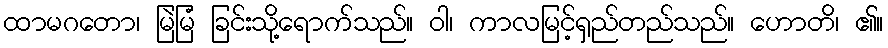
ထာမဂတော၊ မြဲမြံ ခြင်းသို့ရောက်သည်။ ဝါ၊ ကာလမြင့်ရှည်တည်သည်။ ဟောတိ၊ ၏။